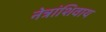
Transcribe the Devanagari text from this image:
नेत्रांशिवाय